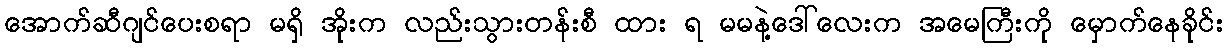
အောက်ဆီဂျင်ပေးစရာ မရှိ အိုးက လည်းသွားတန်းစီ ထား ရ မမနဲ့ဒေါ်လေးက အမေကြီးကို မှောက်နေခိုင်း